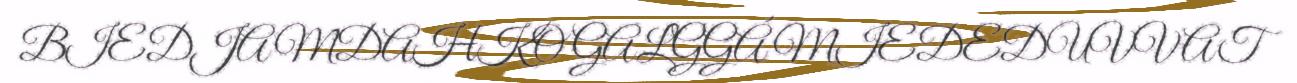
BIEDJAMDAHKO GALGGÁ MIEDEDUVVAT